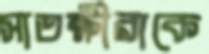
সাতক্ষীরাকে